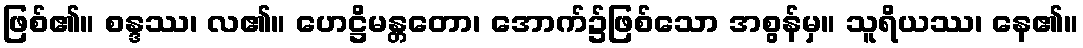
ဖြစ်၏။ စန္ဒဿ၊ လ၏။ ဟေဋ္ဌိမန္တတော၊ အောက်၌ဖြစ်သော အစွန်မှ။ သူရိယဿ၊ နေ၏။